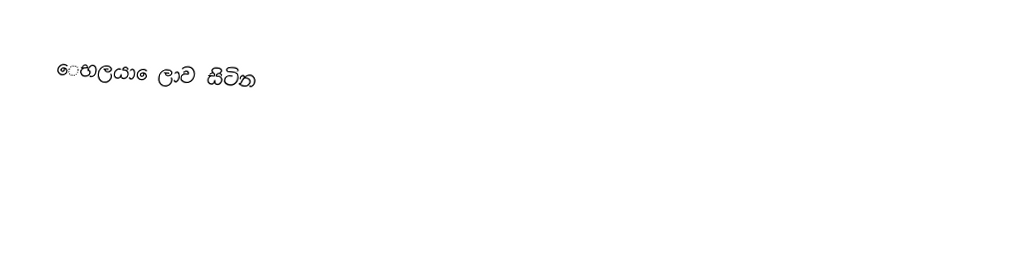
ෙභලයා ෙලාව සිටින